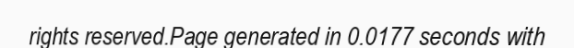
rights reserved.Page generated in 0.0177 seconds with